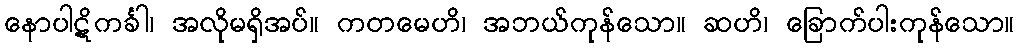
နောပါဋိကင်္ခါ၊ အလိုမရှိအပ်။ ကတမေဟိ၊ အဘယ်ကုန်သော။ ဆဟိ၊ ခြောက်ပါးကုန်သော။